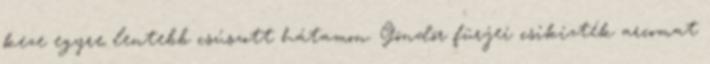
keze egyre lentebb csúszott hátamon. Göndör fürjei csikizték arcomat